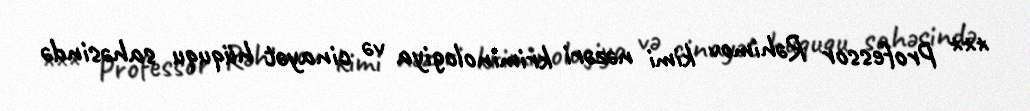
*** Professor Rəhimov kimi nəzəri kriminologiya və cinayət hüququ sahəsində